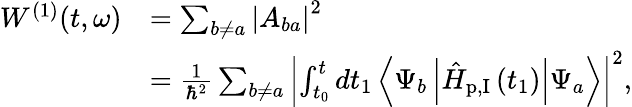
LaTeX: \begin{array}{rl}{W^{(1)}(t,\omega)}&{=\sum_{b\neq a}\left|A_{ba}\right|^{2}}\\ &{=\frac{1}{\hbar^{2}}\sum_{b\neq a}\left|\int_{t_{0}}^{t}dt_{1}\left\langle\Psi_{b}\left|\hat{H}_{\textrm{p,I}}\left(t_{1}\right)\right|\Psi_{a}\right\rangle\right|^{2},}\end{array}